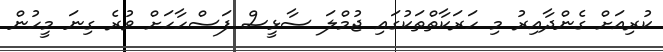
ކުރިއަށް ގެންދާއިރު މި ހަރަކާތްތަކުގައި ޖުމްލަ ސާޅީސް ފަސްހާހަށް ވުރެ ގިނަ މީހުން